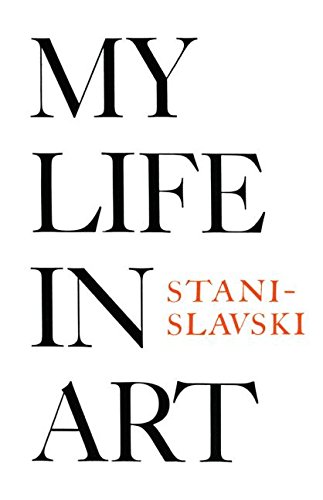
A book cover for My Life in Art; Constantin Stanislavski; Biographies & Memoirs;